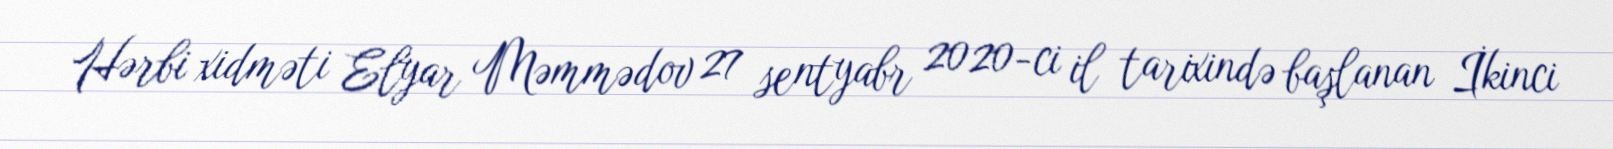
Hərbi xidməti Elyar Məmmədov 27 sentyabr 2020-ci il tarixində başlanan İkinci